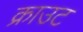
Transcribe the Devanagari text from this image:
क्राउट